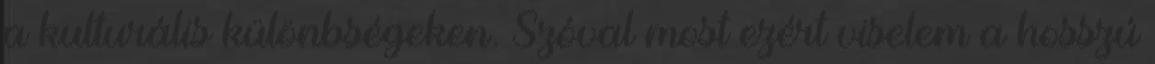
a kulturális különbségeken. Szóval most ezért viselem a hosszú